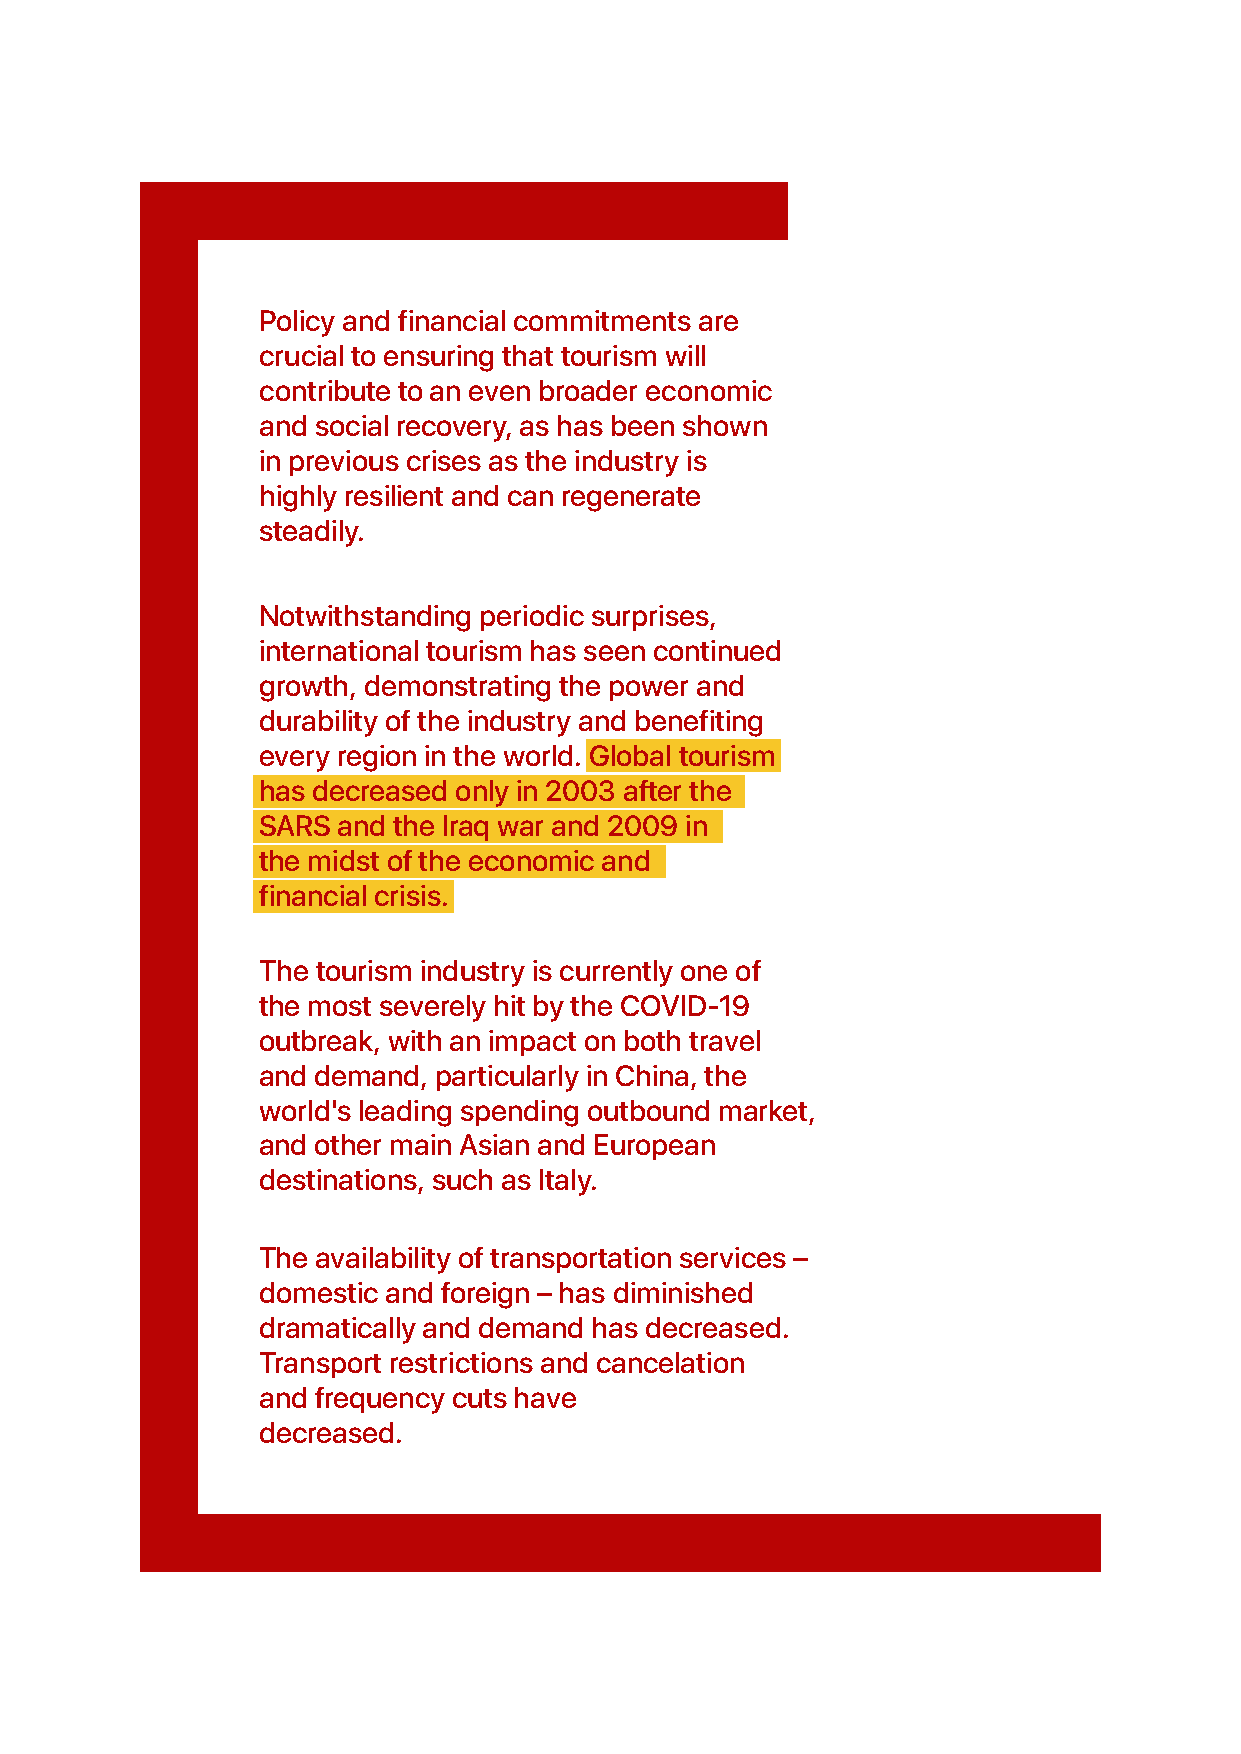
Policy and financial commitments are
 crucial to ensuring that tourism will
 contribute to an even broader economic
 and social recovery, as has been shown
 in previous crises as the industry is
 highly resilient and can regenerate
 steadily.
 Notwithstanding periodic surprises,
 international tourism has seen continued
 growth, demonstrating the power and
 durability of the industry and benefiting
 every region in the world. Global tourism
 has decreased only in 2003 after the
 SARS and the Iraq war and 2009 in
 the midst of the economic and
 financial crisis.
 The tourism industry is currently one of
 the most severely hit by the COVID-19
 outbreak, with an impact on both travel
 and demand, particularly in China, the
 world's leading spending outbound market,
 and other main Asian and European
 destinations, such as Italy.
 The availability of transportation services –
 domestic and foreign – has diminished
 dramatically and demand has decreased.
 Transport restrictions and cancelation
 and frequency cuts have
 decreased.